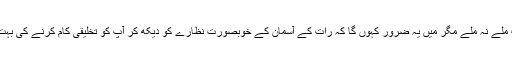
ان سوالوں کا جواب ملے نہ ملے مگر میں یہ ضرور کہوں گا کہ رات کے آسمان کے خوبصورت نظارے کو دیکھ کر آپ کو تخلیقی کام کرنے کی بہت تحریک ملتی ہے۔